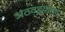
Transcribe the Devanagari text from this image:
अठवड्यातच